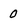
Character: 0